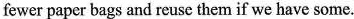
fewer paper bags and reuse them if we have some.